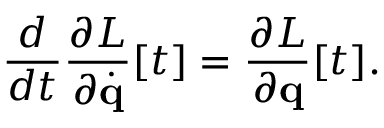
{ \frac { d } { d t } } { \frac { \partial L } { \partial { \dot { \mathbf { q } } } } } [ t ] = { \frac { \partial L } { \partial \mathbf { q } } } [ t ] .